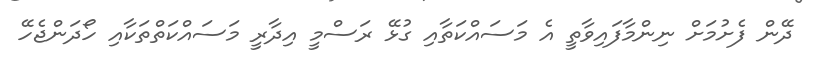
ދޭން ފެށުމަށް ނިންމާފައިވާތީ އެ މަސައްކަތާއި ގުޅޭ ރަސްމީ އިދާރީ މަސައްކަތްތަކާއި ހޯދަންޖެހޭ